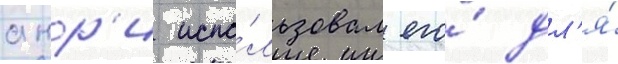
анр'и испо́льзовал его́ дл'я́